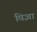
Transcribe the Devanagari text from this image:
विज्ञा